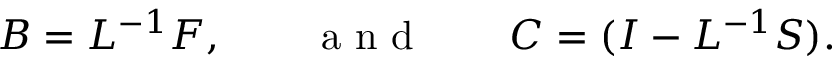
B = L ^ { - 1 } F , \qquad \mathrm { ~ a ~ n ~ d ~ } \qquad C = ( I - L ^ { - 1 } S ) .